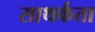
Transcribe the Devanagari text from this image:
साथर्कता